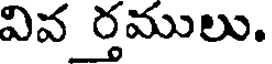
వివ ర్తములు.